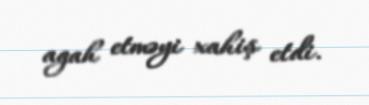
agah etməyi xahiş etdi.